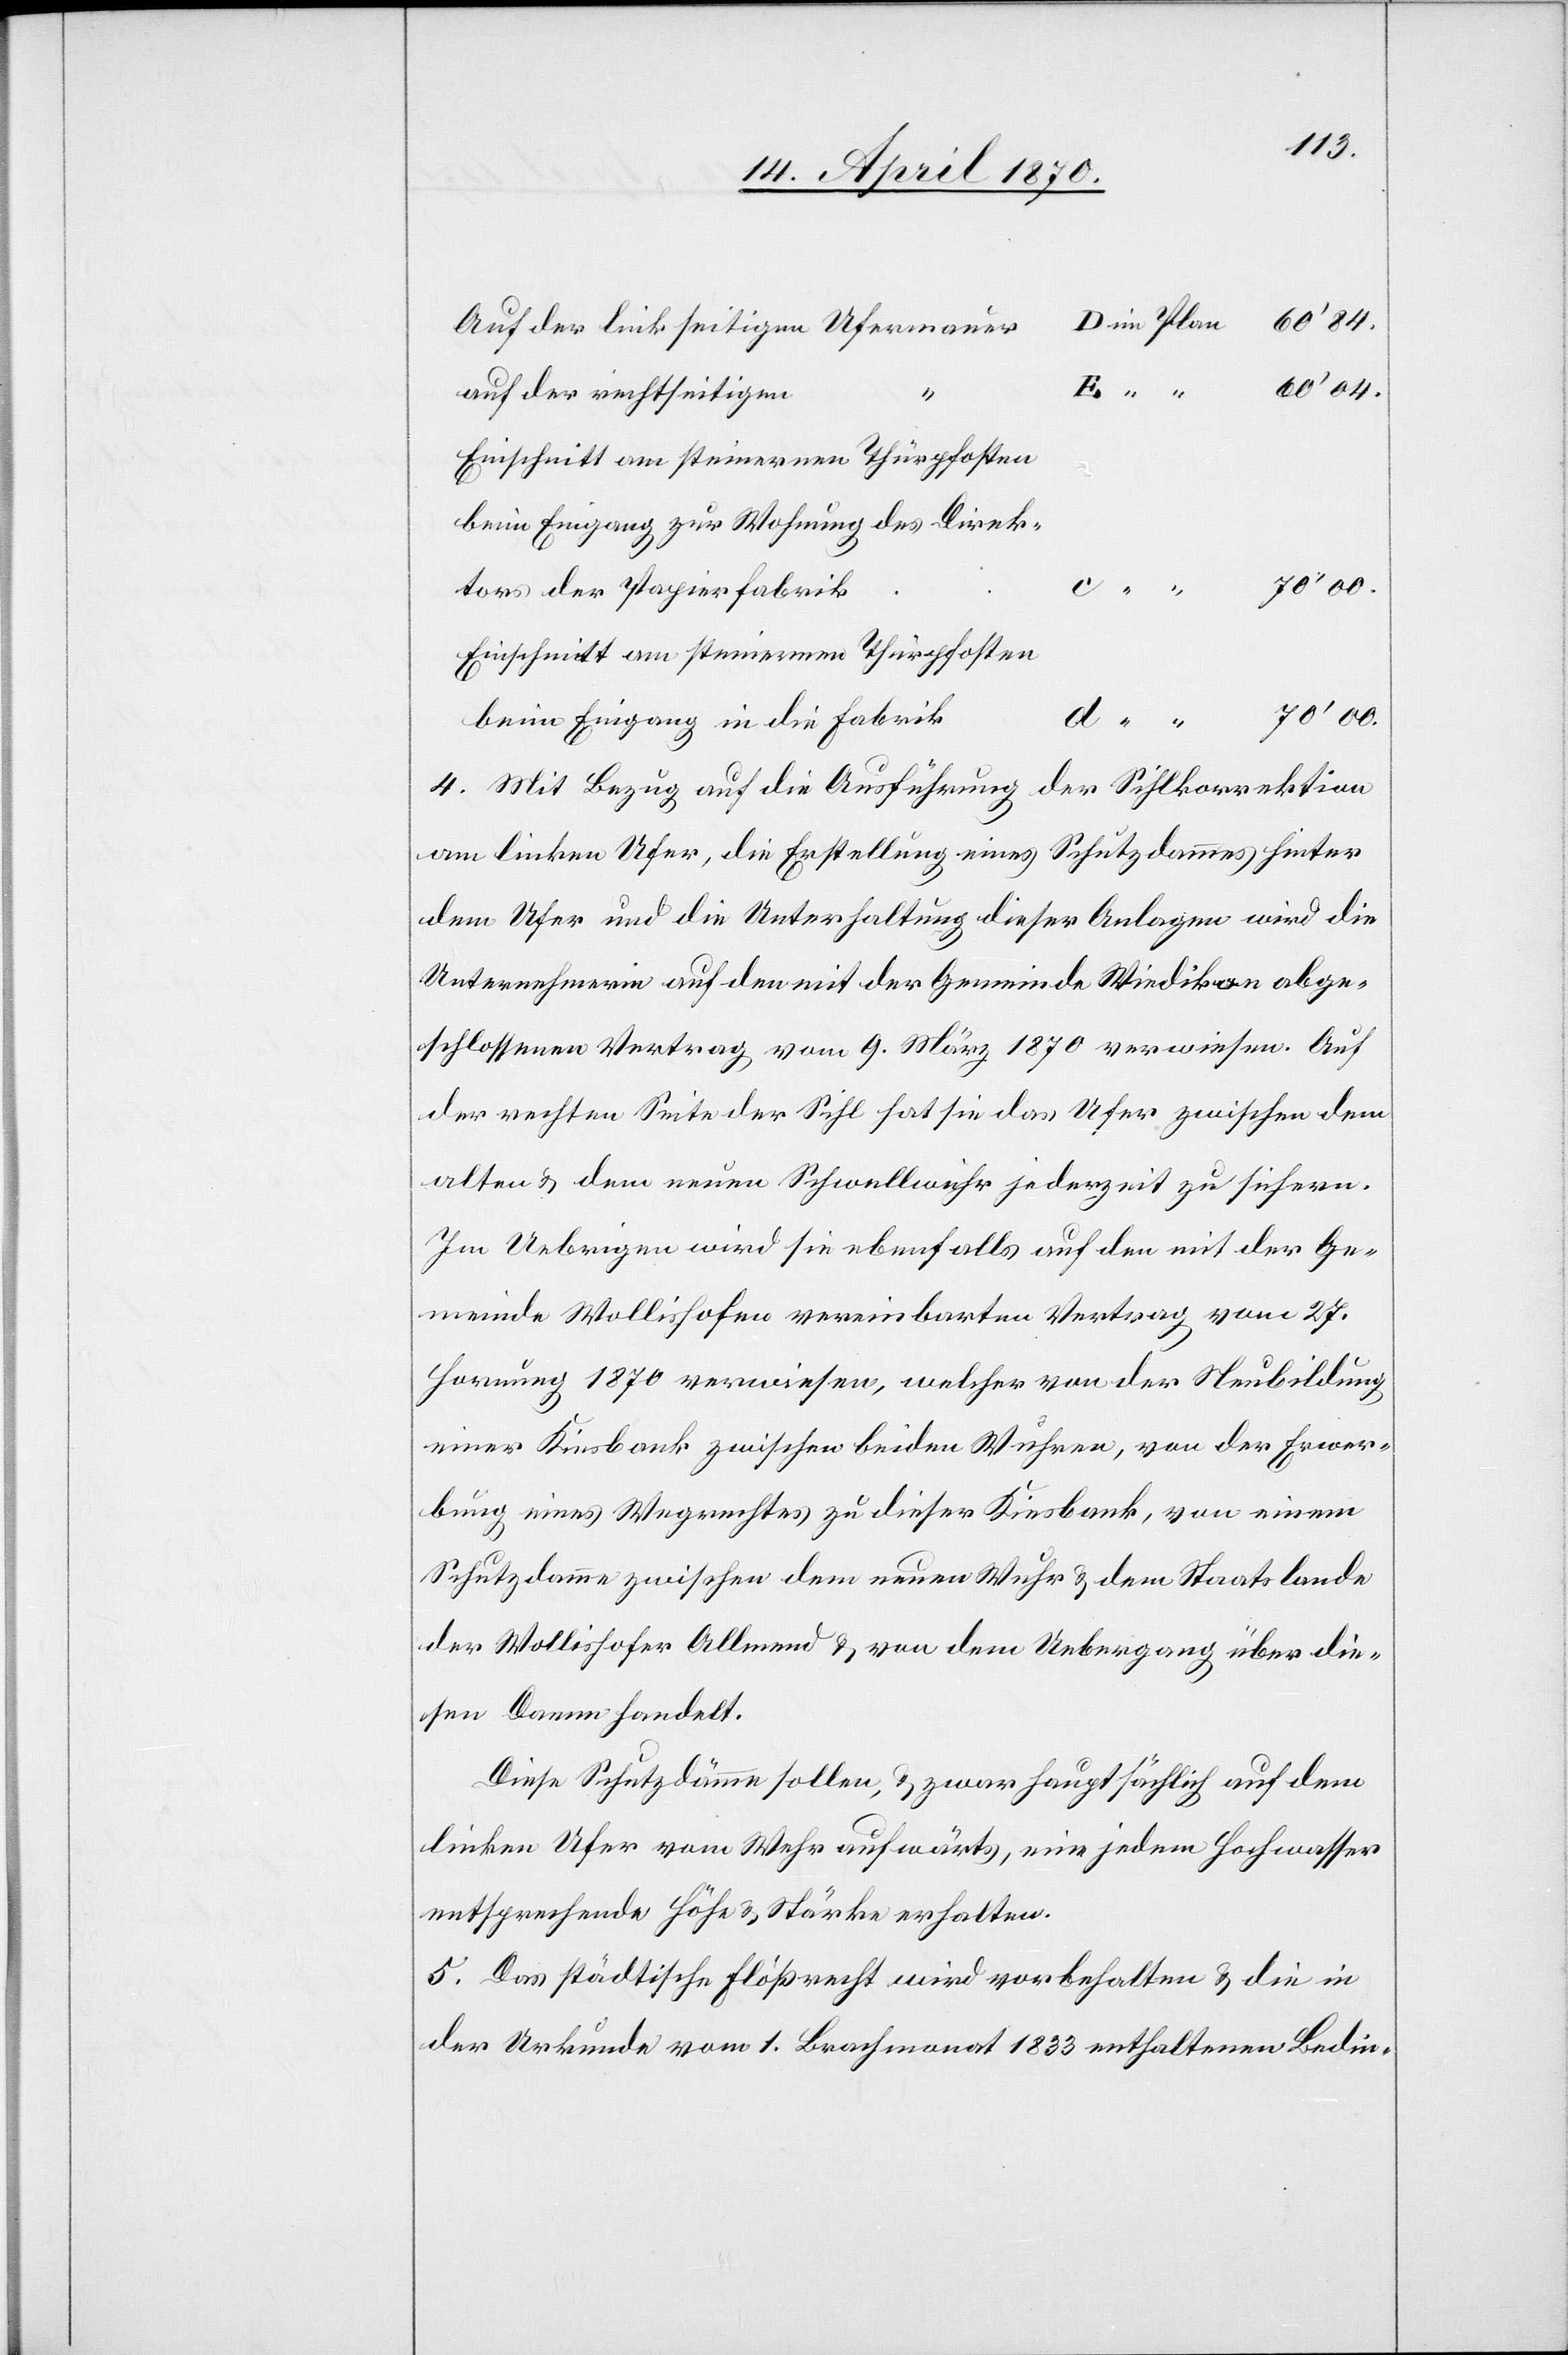
Auf der linkseitigen Ufermauer
auf der rechtseiteigen
04.
Einschnitt am steinernen Thürpfosten
Direktors der Papierfabrik
4. Mit Bezug auf die Ausführung
der Sihlkorrektion
am linken Ufer, die Erstellung eines Schutzdammes hinter
dem Ufer und die Unterhaltung dieser Anlagen wird die
Unternehmerin auf den mit der Gemeinde Wiedikon abge¬
schlossenen Vertrag vom 9. März 1870 verwiesen. Auf
der rechten Seite der Sihl hat sie das Ufer zwischen dem
alten & dem neuen Schwellwuhr jederzeit zu sichern.
Im Uebrigen wird sie ebenfalls auf den mit der Ge¬
meinde Wollishofen vereinbarten Vertrag vom 27.
Hornung 1870 verwiesen, welcher von der Neubildung
einer Kiesbank zwischen beiden Wuhren, von der Erwer¬
bung eines Wegrechtes zu dieser Kiesbank, von einem
Schutzdamme zwischen dem neuen Wuhr & dem Staatslande
der Wollishofer Allmend & von dem Uebergang über die¬
sen Damm handelt.
Diese Schutzdämme sollen, & zwar hauptsächlich auf dem
linken Ufer vom Wehr aufwärts, eine jedem Hochwasser
entsprechende Höhe & Stärke erhalten.
5. Das städtische Flößrecht wird vorbehalten & die in
der Urkunde vom 1. Brachmonat 1833 enthaltenen Bedin-